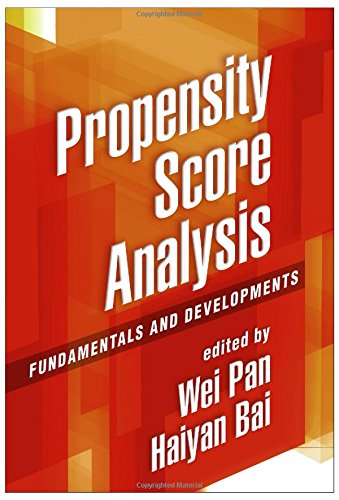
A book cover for Propensity Score Analysis: Fundamentals and Developments; Science & Math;